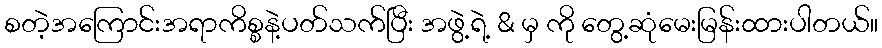
စတဲ့အကြောင်းအရာကိစ္စနဲ့ပတ်သက်ပြီး အဖွဲ့ရဲ့ & မှ ကို တွေ့ဆုံမေးမြန်းထားပါတယ်။